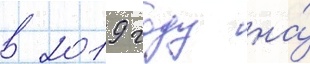
в 2019 году на́